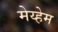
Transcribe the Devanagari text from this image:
मेय्हेम